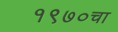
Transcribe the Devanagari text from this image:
१९७०चा